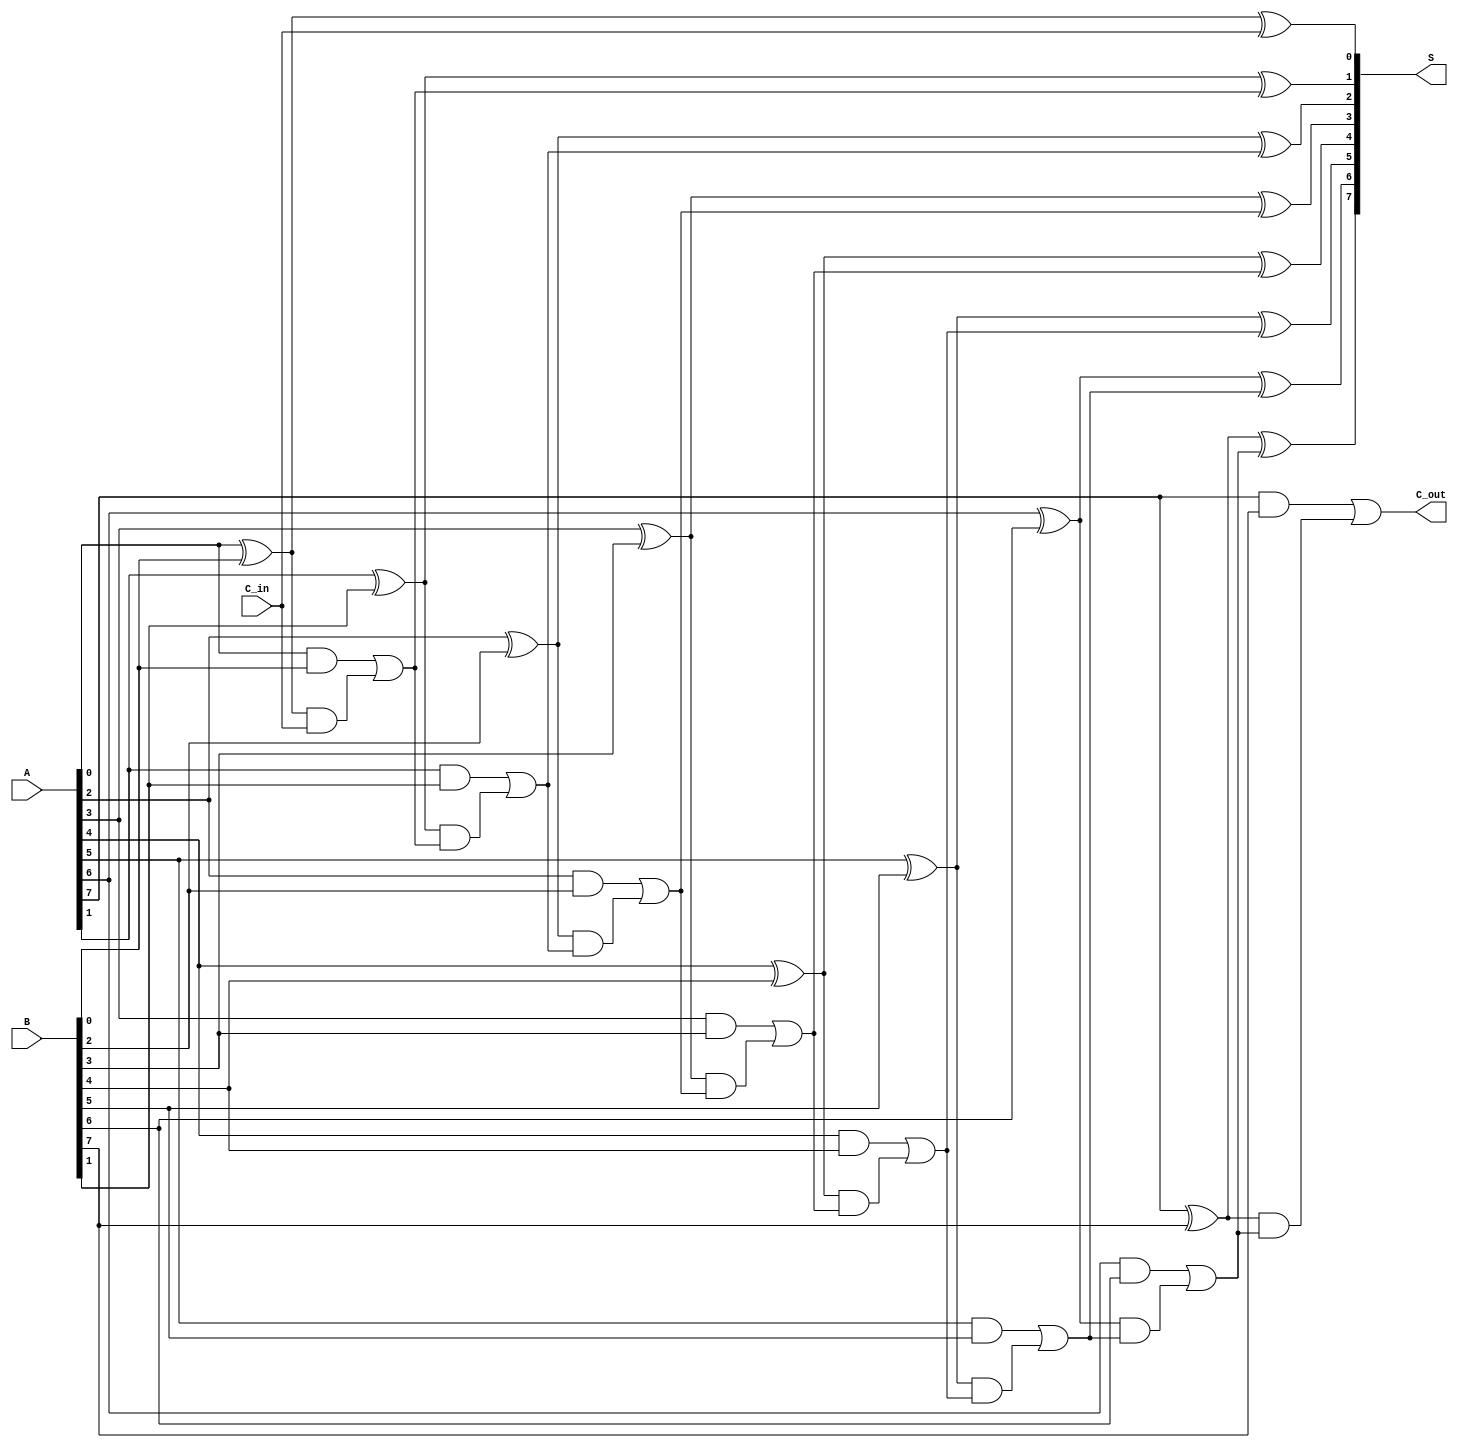
module ParallelFullAdder #(parameter n = 8) (
    input  [n-1:0] A,        // n-bit input A
    input  [n-1:0] B,        // n-bit input B
    input          C_in,      // Carry input for LSB
    output [n-1:0] S,        // n-bit sum output
    output         C_out      // Carry output
);

    wire [n-1:0] C; // Intermediate carry outputs

    // Generate full adders for each bit
    genvar i;
    generate
        for (i = 0; i < n; i = i + 1) begin : full_adder
            if (i == 0) begin
                // First full adder (LSB)
                assign S[i] = A[i] ^ B[i] ^ C_in; // Sum
                assign C[i] = (A[i] & B[i]) | ((A[i] ^ B[i]) & C_in); // Carry
            end else begin
                // Subsequent full adders
                assign S[i] = A[i] ^ B[i] ^ C[i-1]; // Sum
                assign C[i] = (A[i] & B[i]) | ((A[i] ^ B[i]) & C[i-1]); // Carry
            end
        end
    endgenerate

    // Final carry out
    assign C_out = C[n-1];

endmodule